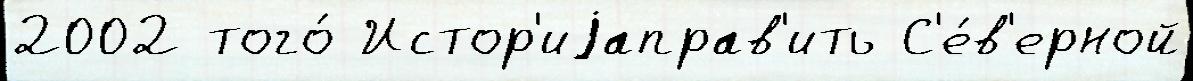
2002 того́ Истор'иjаправ'ить С'е́в'ерной